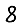
Digit: 8